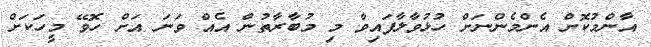
އާންމުކޮށް އެންމެންނަށް ހުޅުވާލާފައިިވާ މި މުބާރާތުން އެއް ވަނަ އަށް ހޮވޭ މީހަކަށް